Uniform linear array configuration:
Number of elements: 48
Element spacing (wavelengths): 1
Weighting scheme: kaiser
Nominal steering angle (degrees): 60
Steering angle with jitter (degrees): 58.407
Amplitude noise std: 0.05
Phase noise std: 0.05

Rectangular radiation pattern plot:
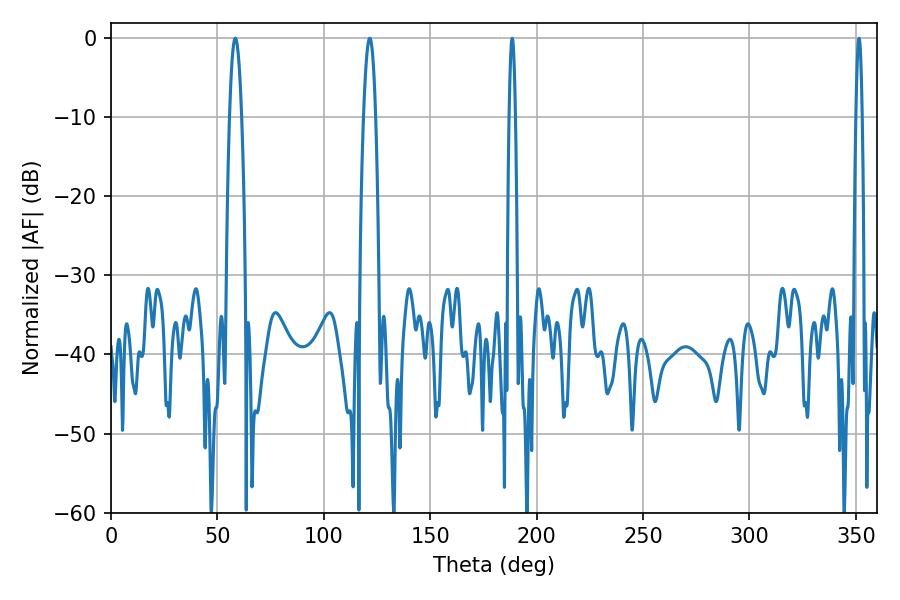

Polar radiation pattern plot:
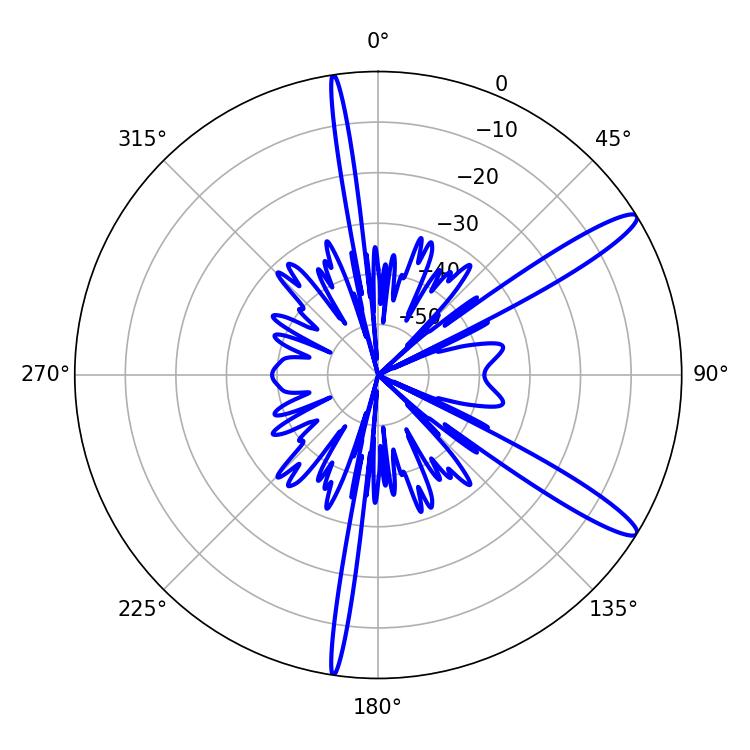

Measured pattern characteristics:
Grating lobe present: TRUE
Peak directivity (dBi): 13.364
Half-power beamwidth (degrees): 3.06
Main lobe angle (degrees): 58.5